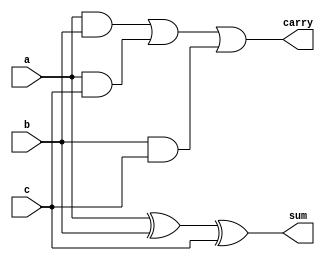
module fullAdder (a, b, c, sum, carry);
input a, b, c;
output sum, carry;
reg sum, carry;
always @(a or b or c)
begin
	sum = a ^ b ^ c;
	carry = (a & b) | (a & c) | (b & c);
end
endmodule